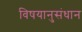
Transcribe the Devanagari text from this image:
विषयानुसंधान